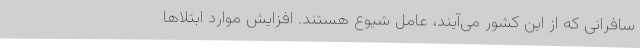
سافرانی که از این کشور می‌آیند، عامل شیوع هستند. افزایش موارد ابتلاها